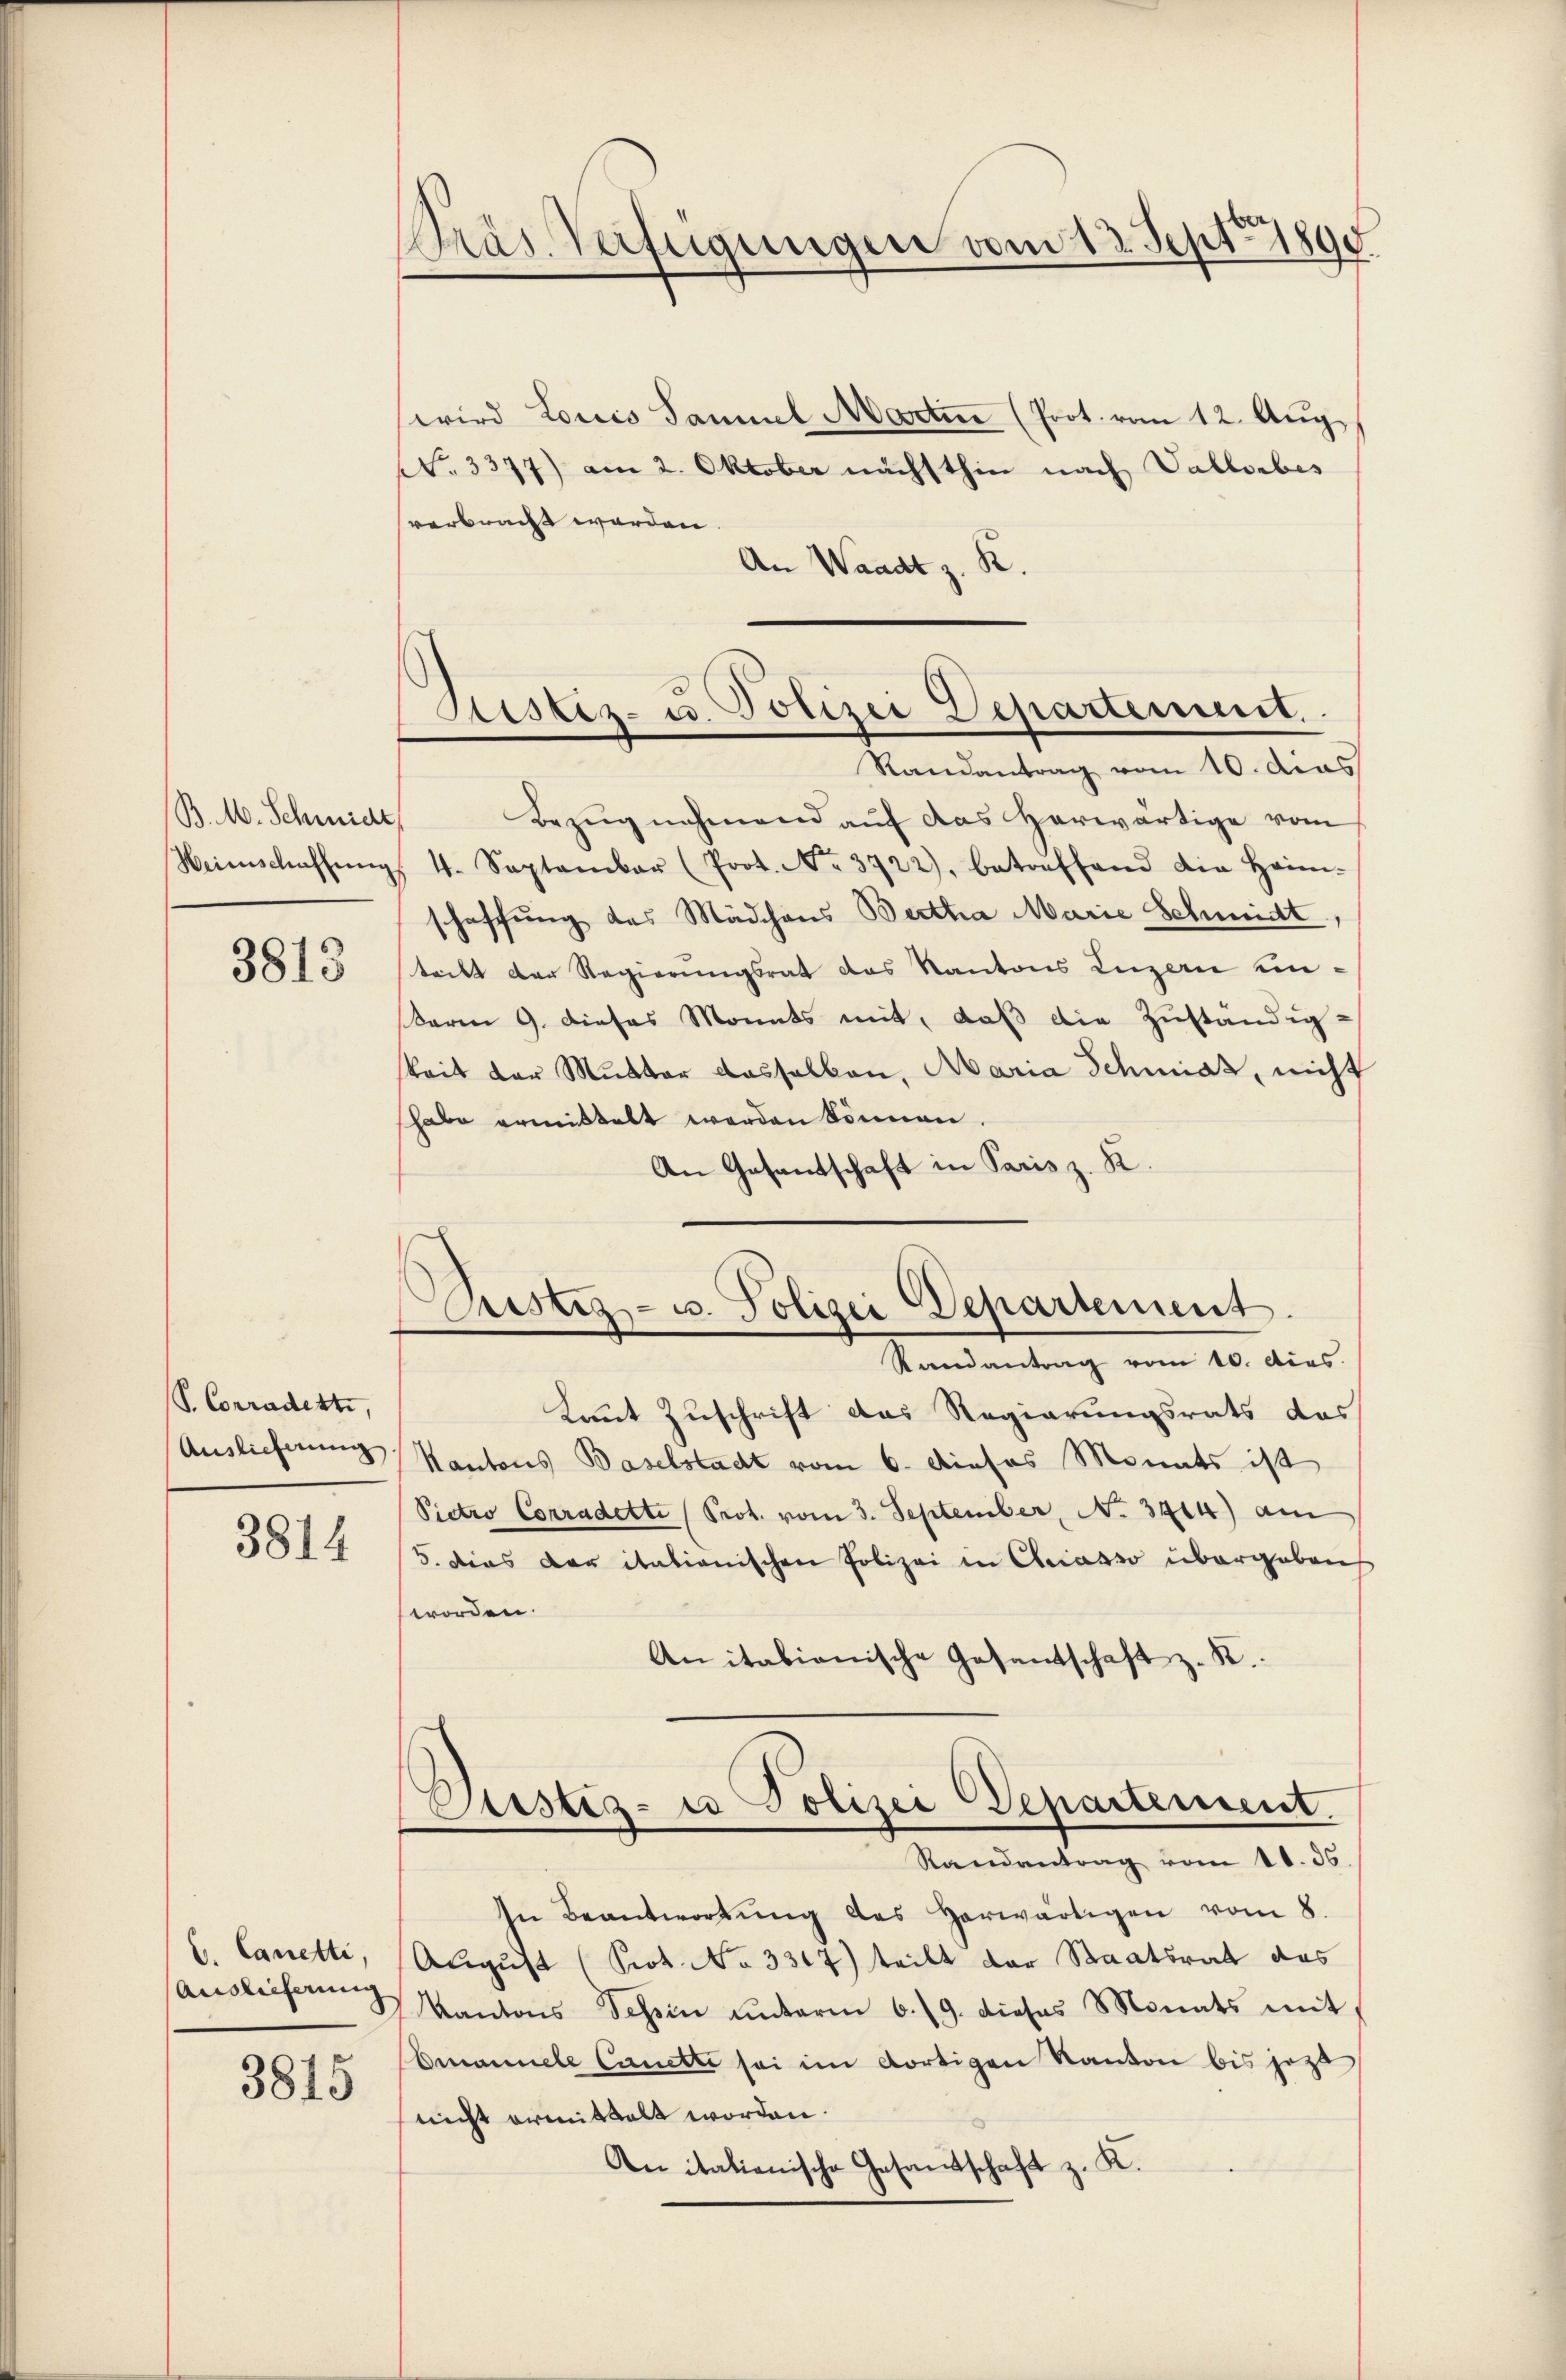
B. M. Schmide,

3813

S. Corradetti,
Auslieferung

3814

C. Canetti,
Auslieferung

3815

Präs. Verfügungen vom 13. Sept. 1890

wird Louis Samuel Martin (Prot. vom 12. Aug.
No. 3377) am 2. Oktober nächsthin nach Vallorbes
verbracht worden.
An Waadt z. R.
Bezug nehmend auf das herwärtige vom
Heimschaffŭng 4. September (Prot. No. 3722), betreffend die Heim-
schaffung des Mädchens Bertha Marie Schmidt
teckt der Regierungsrat das Kantons Luzern unterm 9. dieses Monats mit, daß die Zuständig-
keit der Mutter dasselben, Maria Schmidt, nicht
habe ermittelt werden können.
An Gesantschaft in Paris z. R.
Justiz- u. Polizei Departement.
Randantrag vom 10. Acas.
kaut Zuschrift das Regierungsrats das
Kantons Baselstadt vom 6. Dieses Monats ist
Pictro Corradette (Prot. vom 3. September, No. 3414) am
5. Dies der itationischen Polizei in Chiasso übergeben
worden.
Anitabianische Gesantschaft z. R.
Justiz- u Polizei Departement.
Randantrag vom 11. 36.
In Beantwortŭng des herwärtigen vom 8.
August (Prot. No 3317) teilt der Staatsrat das
Kantons Tessin unterm 6. 19. dieses Monats mit,
Emanuele Cancti sei im dortigen Kanton bis jezt
nicht ermittalt worden.
An italienische Gesandtschaft z. K.

Sistiz- u. Polizei Depadement.
Randantrag vom 10. das